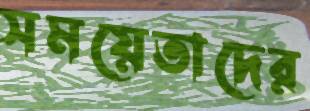
সময়েতাদের